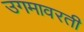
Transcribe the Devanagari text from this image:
उगमावरती